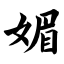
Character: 媚